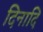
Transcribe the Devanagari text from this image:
दिनादि